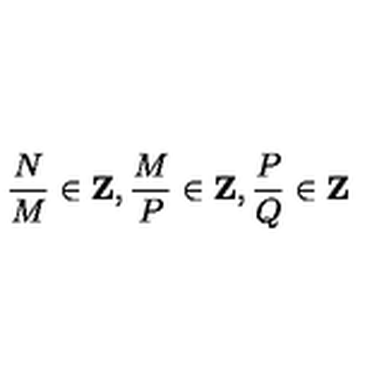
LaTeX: { \frac { N } { M } } \in { \bf Z } , { \frac { M } { P } } \in { \bf Z } , { \frac { P } { Q } } \in { \bf Z }